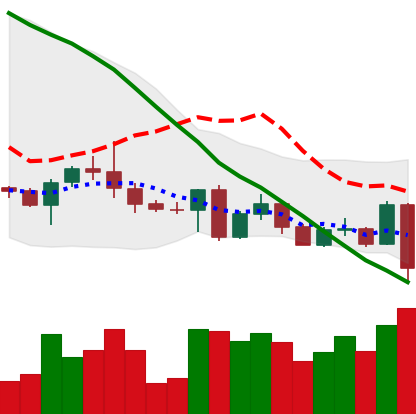
Ticker: BTC-USD
Chart end date: 2022-05-05
Forward return: -15.18%
Label: down_7plus